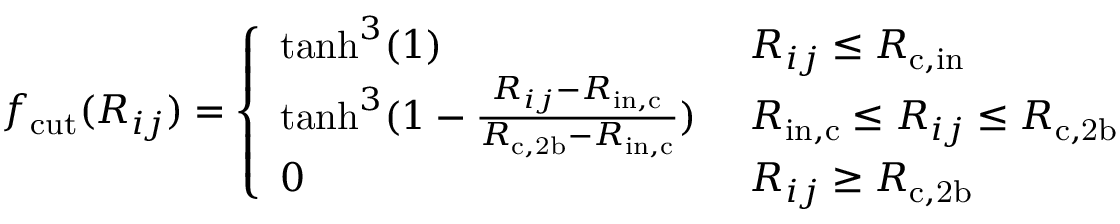
f _ { \mathrm { c u t } } ( R _ { i j } ) = \left\{ \begin{array} { l l } { \mathrm { t a n h } ^ { 3 } ( 1 ) } & { \ R _ { i j } \le R _ { \mathrm { c , i n } } } \\ { \mathrm { t a n h } ^ { 3 } ( 1 - \frac { R _ { i j } - R _ { \mathrm { i n , c } } } { R _ { \mathrm { c , 2 b } } - R _ { \mathrm { i n , c } } } ) } & { \ R _ { \mathrm { i n , c } } \le R _ { i j } \le R _ { \mathrm { c , 2 b } } } \\ { 0 } & { \ R _ { i j } \ge R _ { \mathrm { c , 2 b } } } \end{array} \right.